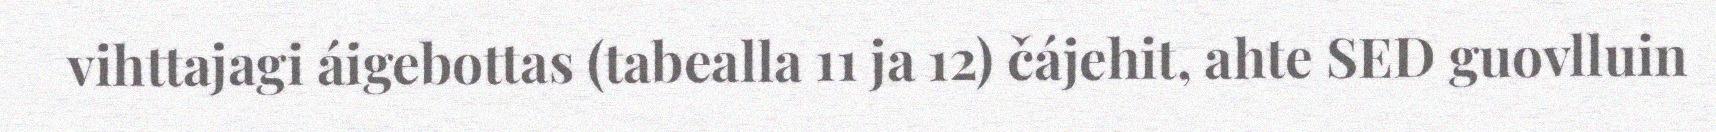
vihttajagi áigebottas (tabealla 11 ja 12) čájehit, ahte SED guovlluin